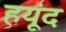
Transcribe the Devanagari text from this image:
हयूंद